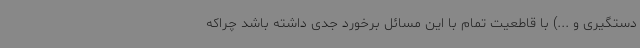
دستگیری و ...) با قاطعیت تمام با این مسائل برخورد جدی داشته باشد چراکه